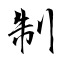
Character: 制